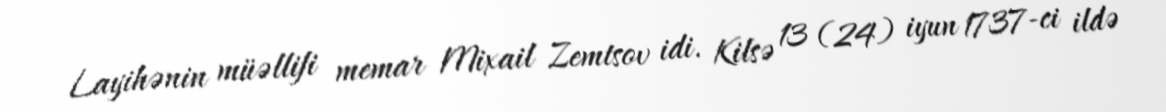
Layihənin müəllifi memar Mixail Zemtsov idi. Kilsə 13 (24) iyun 1737-ci ildə